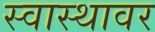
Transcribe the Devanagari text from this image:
स्वास्थावर